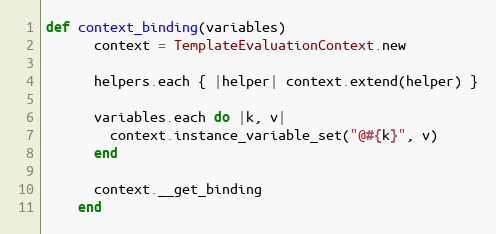
Language: Ruby
def context_binding(variables)
      context = TemplateEvaluationContext.new

      helpers.each { |helper| context.extend(helper) }

      variables.each do |k, v|
        context.instance_variable_set("@#{k}", v)
      end

      context.__get_binding
    end